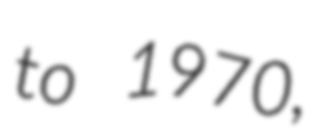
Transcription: to 1970,